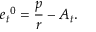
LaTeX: { e _ { t } } ^ { 0 } = \frac p r - A _ { t } .